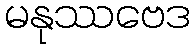
မနုဿဗေဒ